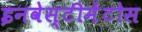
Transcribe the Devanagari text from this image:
इनवेस्टीमेंटोस